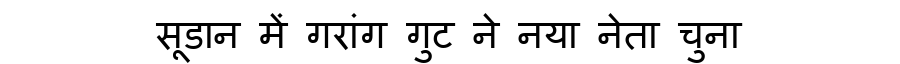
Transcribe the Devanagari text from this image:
सूडान में गरांग गुट ने नया नेता चुना